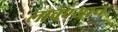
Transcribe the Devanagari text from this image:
लावण्याच